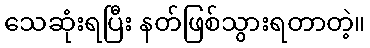
သေဆုံးရပြီး နတ်ဖြစ်သွားရတာတဲ့။